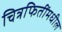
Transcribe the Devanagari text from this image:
चित्रफितींमधील